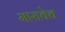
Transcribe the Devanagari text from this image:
मारावेच